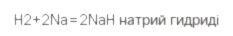
H2+2Na=2NaH натрий гидриді